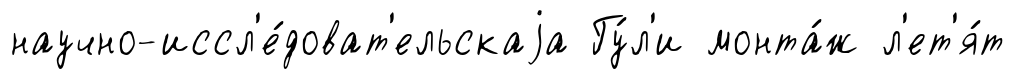
научно-иссл'е́доват'ельскаjа Гу́л'и монта́ж л'ет'я́т